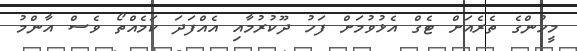
މީހުންގެ ތެރެއަށް ޓެގް އެޅުވުމަށް ފަހު ދޫކުރުމާއި އެއްފަދަ ކަމެއްތޯ ވެސް އާންމު